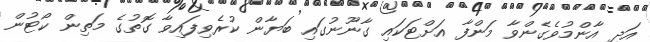
އަދި އާންމުވެގެންވާ މަންފާ އަށްޓަކައި ގާނޫނުގައި ބަޔާން ކުރެވިފައިވާ ގޮތުގެ މަތިން ކޯޓުން